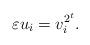
LaTeX: \begin{align*} \varepsilon u_i=v_i^{2^t}. \end{align*}